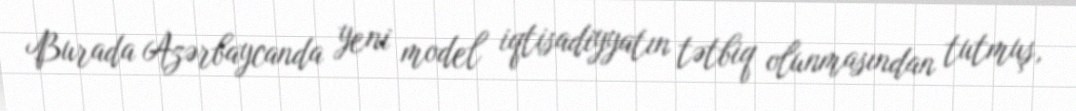
Burada Azərbaycanda yeni model iqtisadiyyatın tətbiq olunmasından tutmuş,